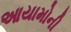
આયામોની